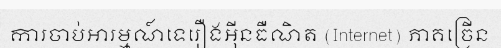
ការចាប់អារម្មណ៍ទេរឿងអ៊ីនធឺណិត (Internet) ភាគច្រើន